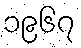
၁၉၆၇